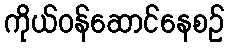
ကိုယ်ဝန်ဆောင်နေစဉ်